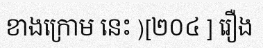
ខាងក្រោម នេះ )[២០៤ ] រឿង